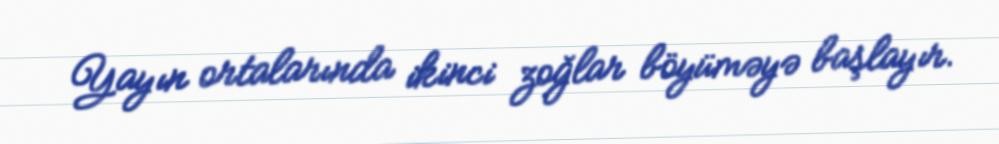
Yayın ortalarında ikinci zoğlar böyüməyə başlayır.